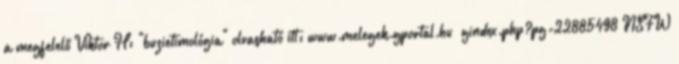
a megfelelő Viktor H: "buzietimológia" olvasható itt: www.melegek.gportal.hu gindex.php?pg=22885498 NSFW